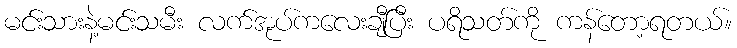
မင်းသားနဲ့မင်းသမီး လက်အုပ်ကလေးချီပြီး ပရိသတ်ကို ကန်တော့ရတယ်။